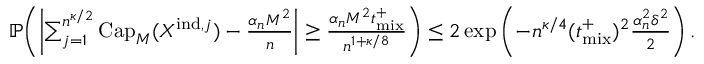
\begin{array} { r } { \mathbb { P } \! \left( \left| \sum _ { j = 1 } ^ { n ^ { \kappa / 2 } } \mathrm { C a p } _ { M } ( X ^ { \mathrm { i n d } , j } ) - \frac { \alpha _ { n } M ^ { 2 } } { n } \right| \geq \frac { \alpha _ { n } M ^ { 2 } { t _ { \mathrm { m i x } } ^ { + } } } { n ^ { 1 + \kappa / 8 } } \right) \leq 2 \exp \left( - n ^ { \kappa / 4 } ( { t _ { \mathrm { m i x } } ^ { + } } ) ^ { 2 } \frac { \alpha _ { n } ^ { 2 } \delta ^ { 2 } } { 2 } \right) . } \end{array}